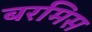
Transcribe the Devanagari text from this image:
बरमिस